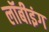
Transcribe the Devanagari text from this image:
लॉबीइंग